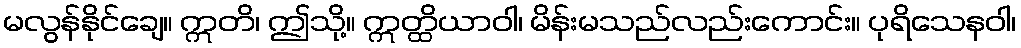
မလွန်နိုင်ချေ။ ဣတိ၊ ဤသို့။ ဣတ္ထိယာဝါ၊ မိန်းမသည်လည်းကောင်း။ ပုရိသေနဝါ၊